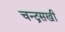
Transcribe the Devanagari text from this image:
चन्द्रसखी